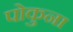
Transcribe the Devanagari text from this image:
पोकुना